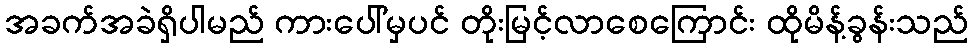
အခက်အခဲရှိပါမည် ကားပေါ်မှပင် တိုးမြင့်လာစေကြောင်း ထိုမိန့်ခွန်းသည်